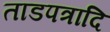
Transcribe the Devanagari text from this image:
ताडपत्रादि